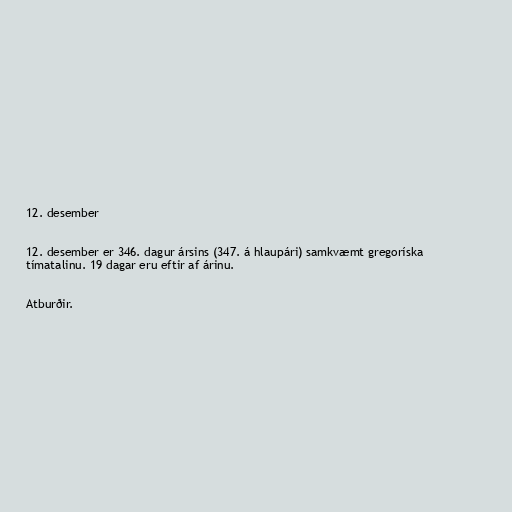
12. desember

12. desember er 346. dagur ársins (347. á hlaupári) samkvæmt gregoríska
tímatalinu. 19 dagar eru eftir af árinu.

Atburðir.